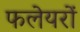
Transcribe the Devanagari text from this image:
फलेयरों